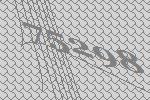
75298